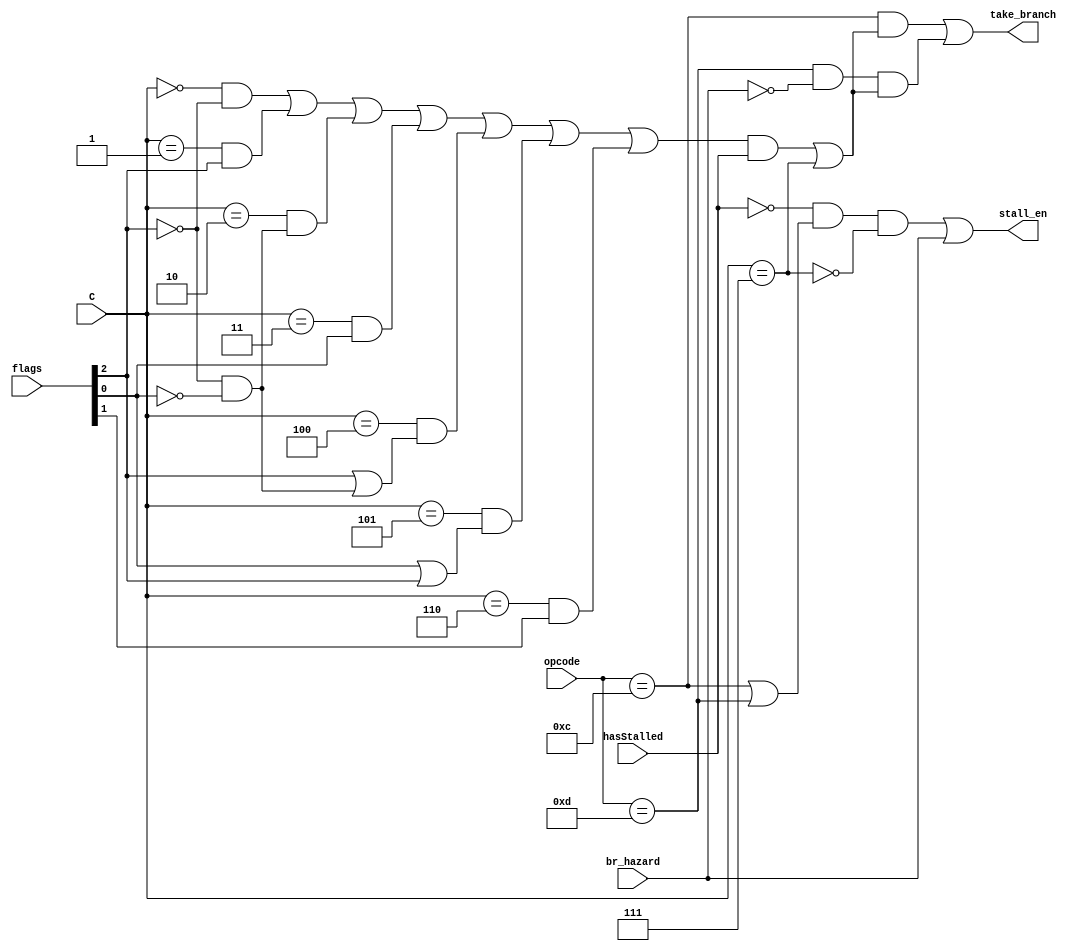
module Branch_Decision_Unit(take_branch, stall_en, hasStalled, br_hazard, opcode, flags, C);

input [2:0] flags, C;		// ccc - condition encodings
input [3:0] opcode;
input hasStalled, br_hazard;

output take_branch,stall_en;

wire b_opcode, br_opcode, condition_met;

assign Z_flag = flags[2];
assign V_flag = flags[1];
assign N_flag = flags[0];

assign b_ne = (C == 3'b000) && (Z_flag == 1'b0); 							// Not Equal (Z = 0)
assign b_eq = (C == 3'b001) && (Z_flag == 1'b1);							// Equal (Z = 1)
assign b_gt = (C == 3'b010) && ((Z_flag == 1'b0) & (N_flag == 1'b0)); 					// Greater Than (Z = N = 0)
assign b_lt = (C == 3'b011) && (N_flag == 1'b1); 							// Less Than (N = 1) 
assign b_gt_or_eq = (C == 3'b100) && ((Z_flag == 1'b1) | ((Z_flag == 1'b0) & (N_flag == 1'b0))); 	// Greater Than or Equal (Z = 1 or Z = N = 0)
assign b_lt_or_eq = (C == 3'b101) && ((N_flag == 1'b1) | (Z_flag == 1'b1)); 				// Less Than or Equal (N = 1 or Z = 1)
assign b_ovfl = (C == 3'b110) && (V_flag == 1'b1); 							// Overflow (V = 1)
assign b_uncond = (C == 3'b111); 									// Unconditional

assign b_opcode = (opcode == 4'hC);
assign br_opcode = (opcode == 4'hD);
assign condition_met = b_ne | b_eq | b_gt | b_lt | b_gt_or_eq | b_lt_or_eq | b_ovfl;

assign take_branch = (b_opcode & ((condition_met & hasStalled) | b_uncond)) |
			(br_opcode & ~br_hazard & ((condition_met & hasStalled) | b_uncond)); //in order for take branch to be true, the unit must have stalled by one cycle (will check later for ccc = 111)
assign stall_en = ((~hasStalled & (b_opcode | br_opcode) & ~b_uncond) | br_hazard); //if the unit encounters a b or br, it must stall for a cycle unless it's unconditional
endmodule